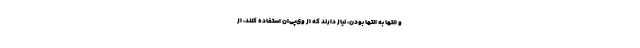
و انتها به انتها بودن، نیاز دارند که از وی‌پی‌ان استفاده کنند، از